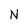
Character: N